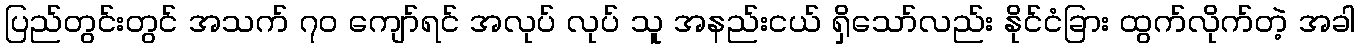
ပြည်တွင်းတွင် အသက် ၇၀ ကျော်ရင် အလုပ် လုပ် သူ အနည်းငယ် ရှိသော်လည်း နိုင်ငံခြား ထွက်လိုက်တဲ့ အခါ